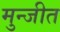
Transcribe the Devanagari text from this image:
मुन्जीत